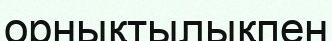
орнықтылықпен